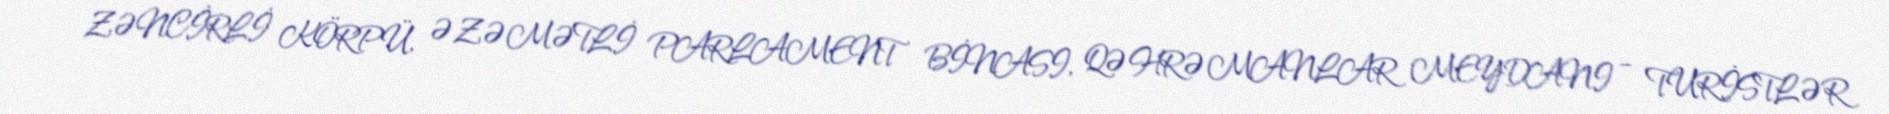
ZƏNCİRLİ KÖRPÜ, ƏZƏMƏTLİ PARLAMENT BİNASI, QƏHRƏMANLAR MEYDANI – TURİSTLƏR